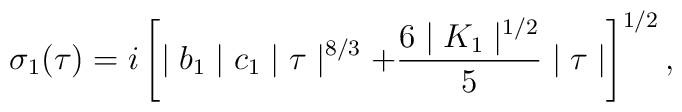
\sigma_{1}(\tau )=i\left[\mid b_{1}\mid c_{1}\mid\tau\mid^{8/3}+\frac{6\mid K_{1}\mid^{1/2}}{5}\mid\tau\mid\right]^{1/2},